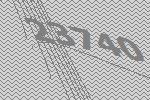
23740